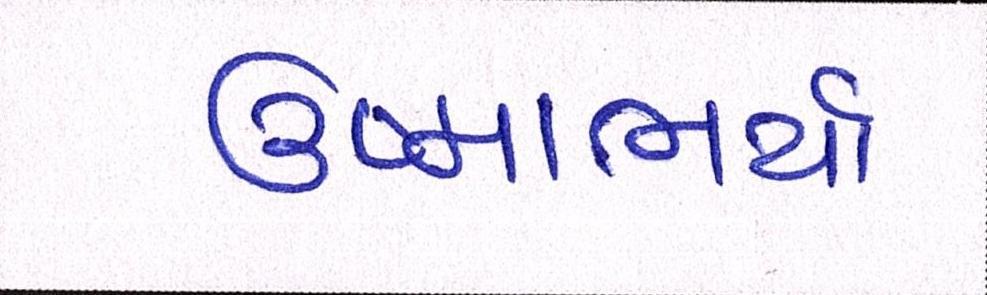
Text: ઉષ્માભર્યાં